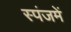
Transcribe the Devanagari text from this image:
स्पंजमें